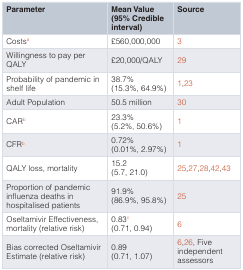
<table><thead><tr><td><b>Parameter</b></td><td><b>Mean Value(95% Credibleinterval)</b></td><td><b>Source</b></td></tr></thead><tbody><tr><td>Costs<sup>a</sup></td><td>£560,000,000</td><td>3</td></tr><tr><td>Willingness to pay perQALY</td><td>£20,000/QALY</td><td>29</td></tr><tr><td>Probability of pandemic inshelf life</td><td>38.7%(15.3%, 64.9%)</td><td>1,23</td></tr><tr><td>Adult Population</td><td>50.5 million</td><td>30</td></tr><tr><td>CAR<sup>b</sup></td><td>23.3%(5.2%, 50.6%)</td><td>1</td></tr><tr><td>CFR<sup>b</sup></td><td>0.72%(0.01%, 2.97%)</td><td>1</td></tr><tr><td>QALY loss, mortality</td><td>15.2(5.7, 21.0)</td><td>25,27,28,42,43</td></tr><tr><td>Proportion of pandemicinfluenza deaths inhospitalised patients </td><td>91.9%(86.9%, 95.8%)</td><td>25</td></tr><tr><td>Oseltamivir Effectiveness,mortality (relative risk)</td><td>0.83<sup>c</sup>(0.71, 0.94)</td><td>6</td></tr><tr><td>Bias corrected OseltamivirEstimate (relative risk)</td><td>0.89(0.71, 1.07)</td><td>6,26, Fiveindependentassessors</td></tr></tbody></table>